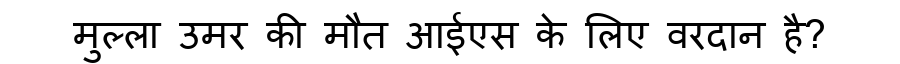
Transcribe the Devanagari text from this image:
मुल्ला उमर की मौत आईएस के लिए वरदान है?